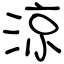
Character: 涼